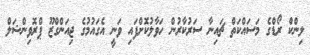
ލިންކް ރޯޑްގެ މަސައްކަތް ޗައިނާ ސަރުކާރުން ހަވާލުކޮށްފައި ވަނީ އެގައުމުގެ ޖިއަންގްޒޫ ޕްރޮވިންޝަލް